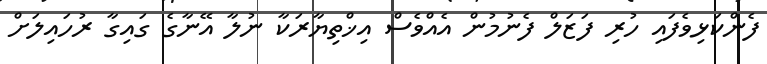
ފެންކަޅިވެފައި ހުރި ފަޒަލް ފެނުމުން އެއްވެސް އިޚްތިޔާރަކާ ނުލާ އޭނާގެ ގައިގާ ރުހައިލަށް